Civil Veterinary Department Bihar reports 1940-50 - 1940-1950
Year: 1940
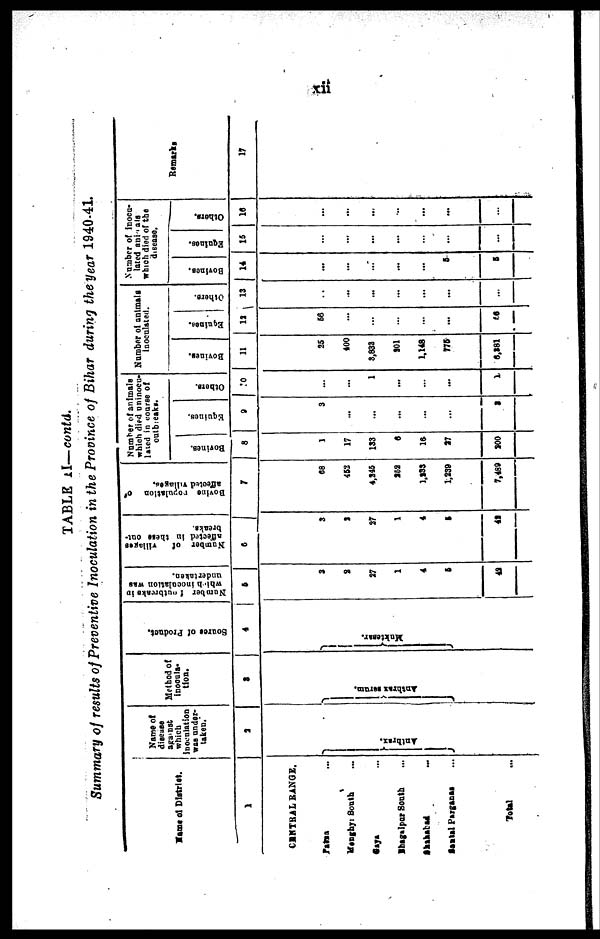
xii
TABLE II— contd.
Summary of results of Preventive Inoculation in the Province of Bihar during the year 1940-41.
Name of District.
1
CENTRAL RANGE.
patna …
Monghyr South …
Gaya …
Bhagalpur South …
Shahabad …
Santal Parganas …
Total …
Name of
disease
agaist
which
inoculation
was under-
taken.
2
Anthrax.
Method of
inocula-
tion.
3
Anthrax serum.
Source of Product.
4
Muktesar
Number of outbreaks in
which
inoculation was
undertaken.
5
3
2
27
1
4
5
42
Number
of villages
affected in there out-
breaks.
6
3
2
27
1
4
5
42
Bovine
population of
affected
villages.
7
68
452
4,245
252
1,233
1,239
7,489
Number of animals
which died uninocu-
lated in coarse of
outbreaks.
Bovines.
8
1
17
133
6
16
27
200
Equines.
9
3
...
…
...
…
…
2
Others.
10
…
…
1
...
…
...
1
Number of animals
inoculated.
Bovines.
11
25
400
3,832
201
1,148
775
6,281
Equines.
12
66
...
…
…
…
...
66
Others.
13
..
…
...
...
...
...
…
Number of inocu-
lated animals
which died of the
disease.
Bovines.
14
...
…
…
...
...
6
5
E quines.
15
…
...
...
…
…
…
...
Others.
16
…
...
...
...
...
...
…
Remarks
17